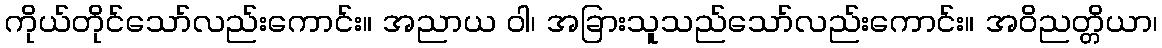
ကိုယ်တိုင်သော်လည်းကောင်း။ အညာယ ဝါ၊ အခြားသူသည်သော်လည်းကောင်း။ အဝိညတ္တိယာ၊